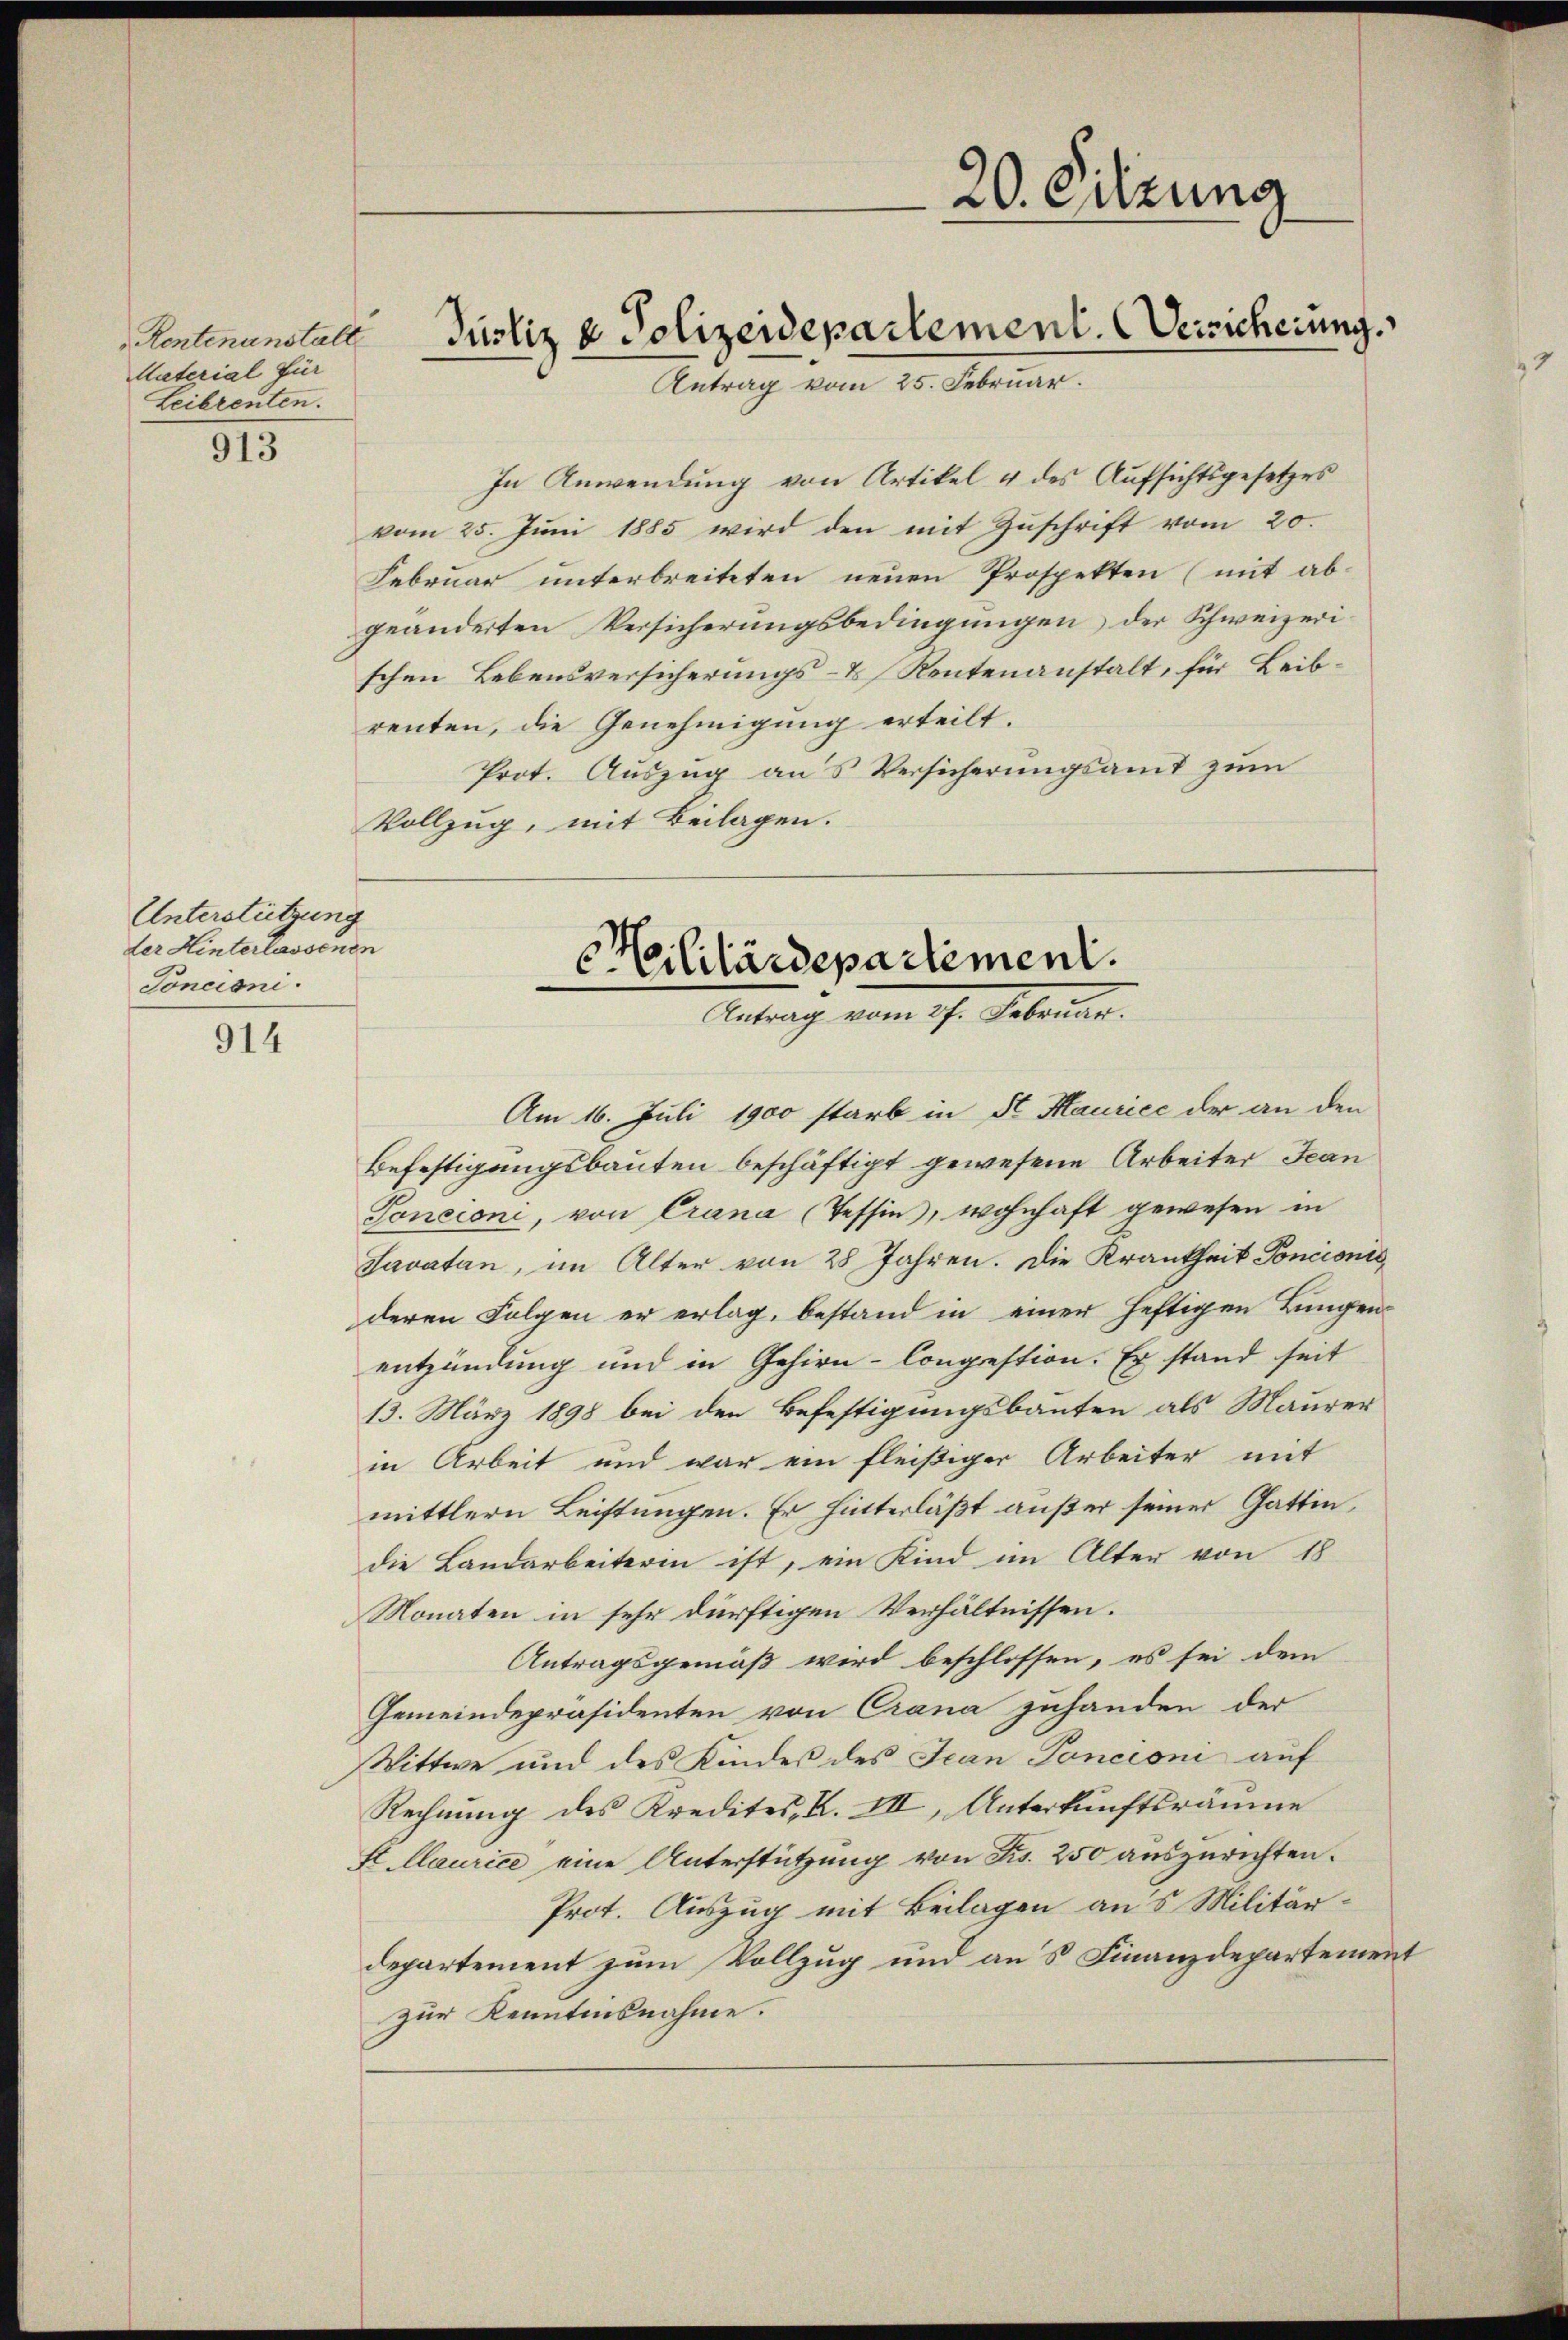
Rentenanstalt
Material für
Leibrenten.

913

Unterstützung
der Hinterlassenen
Toncioni.

914

In Anwendung von Artikel u des Aufsichtsgesetzes
vom 25. Jŭni 1885 wird den mit Zŭschrift vom 20.
Februar unterbreiteten neuen Prospekten (mit ab-
geänderten Versicherungsbedingungen, der Schweizerischen Lebensversicherungs- & Rentenanstalt, für Leibrenten, die Genehmigung erteilt.
Prot. Auszug aus Versicherungsamt zum
Vollzug, mit Beilagen.

Justiz & Polizeidepartement. Versicherung.
Antrag vom 25. Februar.

.
c. Cililärdepartement.
Antrag vom 17. Februar.

20. Sitzung

Am 16. Juli 1900 starb in Se Maurice der an den
Befestigungsbauten beschäftigt gewesene Arbeiter Jean
Toncioni, von Crana (Tessin, wohnhaft gewesen in
Savatan, im Alter von 28 Jahren. Die Krankheit Poncionis,
deren Folgen er erlag, bestand in einer heftigen Lungenentzündung und in Gehirn-Congrestion. Er stand seit
13. März 1898 bei den Befestigungsbauten als Maurer
in Arbeit und war ein fleißiger Arbeiter mit
mittlern Leistungen. Er hinterläßt außer seiner Gattin,
die Landarbeiterin ist, ein Kind im Alter von 18
Monaten in sehr dürftigen Verhältnissen.
Antragsgemäß wird beschlossen, es sei dem
Gemeindepräsidenten von Crana zuhanden der
Wittwe und des Kindes des Jean Poncioni auf
Rechnung des Kredites, K. VII, Unterkunftsräume
St. Maurice eine Unterstützung von Frs. 250 auszurichten.
Prot. Auszug mit Beilagen aus Militär-
departement zum Vollzug und an's Finanzdepartement
zur Kenntnisnahme.